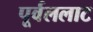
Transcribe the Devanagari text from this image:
पूर्वललाट